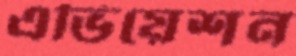
এভিয়েশন